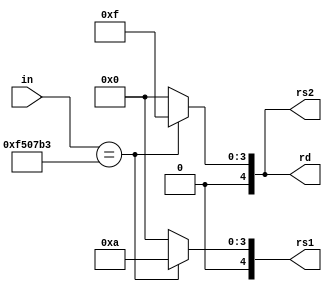
module instr_Decoder(in, rd, rs1, rs2);
input wire [31:0] in;
output reg [4:0] rd;
output reg [4:0] rs1;
output reg [4:0] rs2;

always @ (in) begin
case(in)
32'h00f507b3: begin
rd =5'b01111;
rs1 =5'b01010;
rs2=5'b01111;
end
default: begin
rd=5'b00000;
rs1=5'b00000;
rs2=5'b00000;
end
endcase
end
endmodule